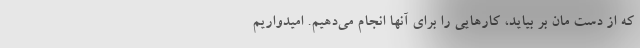
که از دست مان بر بیاید، کارهایی را برای آنها انجام می‌دهیم. امیدواریم